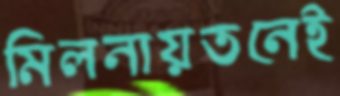
মিলনায়তনেই